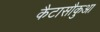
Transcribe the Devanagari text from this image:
कैटासौकुआ